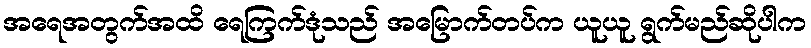
အရေအတွက်အထိ ရေကြက်ဒုံသည် အမြောက်တပ်က ယူယူ ရွက်မည်ဆိုပါက